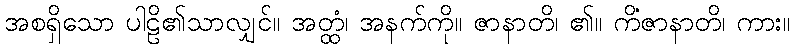
အစရှိသော ပါဠိ၏သာလျှင်။ အတ္ထံ၊ အနက်ကို။ ဇာနာတိ၊ ၏။ ကိံဇာနာတိ၊ ကား။